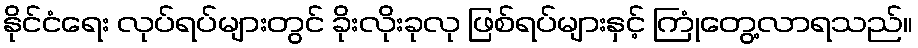
နိုင်ငံရေး လုပ်ရပ်များတွင် ခိုးလိုးခုလု ဖြစ်ရပ်များနှင့် ကြုံတွေ့လာရသည်။